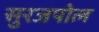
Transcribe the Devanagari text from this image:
सुरजपोल